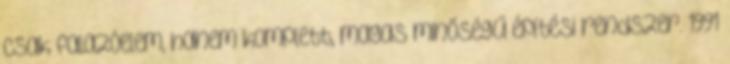
csak falazóelem, hanem komplett, magas minőségű építési rendszer. 1991